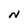
Character: N